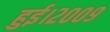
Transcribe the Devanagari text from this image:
हुई।२००९